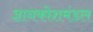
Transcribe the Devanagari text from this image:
ज्ञानकोशमंडल